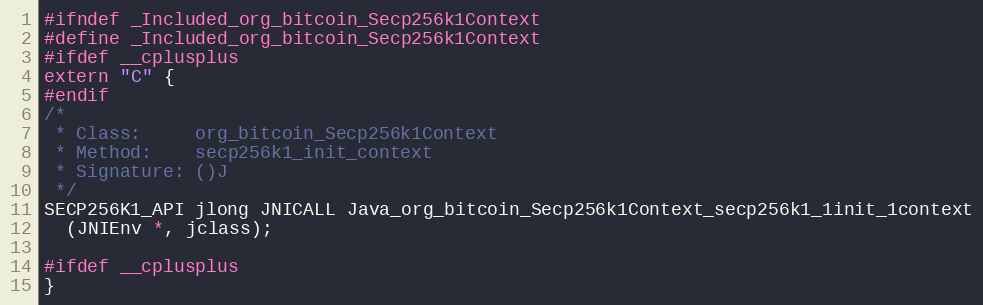
Language: C
#ifndef _Included_org_bitcoin_Secp256k1Context
#define _Included_org_bitcoin_Secp256k1Context
#ifdef __cplusplus
extern "C" {
#endif
/*
 * Class:     org_bitcoin_Secp256k1Context
 * Method:    secp256k1_init_context
 * Signature: ()J
 */
SECP256K1_API jlong JNICALL Java_org_bitcoin_Secp256k1Context_secp256k1_1init_1context
  (JNIEnv *, jclass);

#ifdef __cplusplus
}